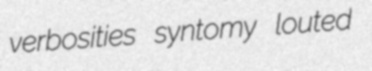
verbosities syntomy louted